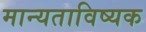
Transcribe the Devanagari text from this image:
मान्यताविष्यक